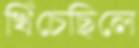
খিঁচেছিলে